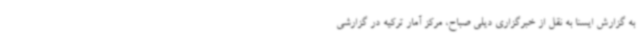
به گزارش ایسنا به نقل از خبرگزاری دیلی صباح، مرکز آمار ترکیه در گزارشی